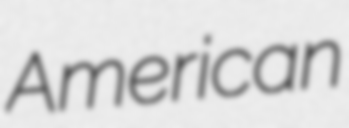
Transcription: American